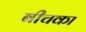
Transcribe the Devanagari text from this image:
बीचका